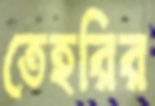
তেহরির